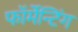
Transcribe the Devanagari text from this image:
फॉर्मेन्टिंग